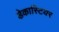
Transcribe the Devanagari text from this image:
डेकास्टियर